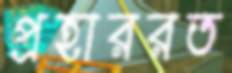
প্রহাররত